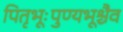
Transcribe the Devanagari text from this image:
पितृभूःपुण्यभूश्चैव